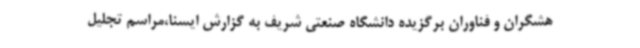
هشگران و فناوران برگزیده دانشگاه صنعتی شریف به گزارش ایسنا،مراسم تجلیل